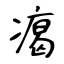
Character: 𤸎